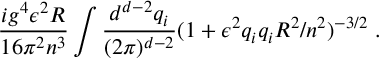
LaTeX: \frac { i g ^ { 4 } \epsilon ^ { 2 } R } { 1 6 \pi ^ { 2 } n ^ { 3 } } \int \frac { d ^ { d - 2 } q _ { i } } { ( 2 \pi ) ^ { d - 2 } } ( 1 + \epsilon ^ { 2 } q _ { i } q _ { i } R ^ { 2 } / n ^ { 2 } ) ^ { - 3 / 2 } \ .